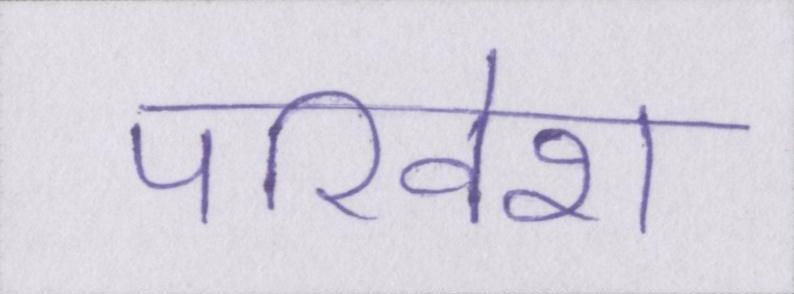
परिवेश